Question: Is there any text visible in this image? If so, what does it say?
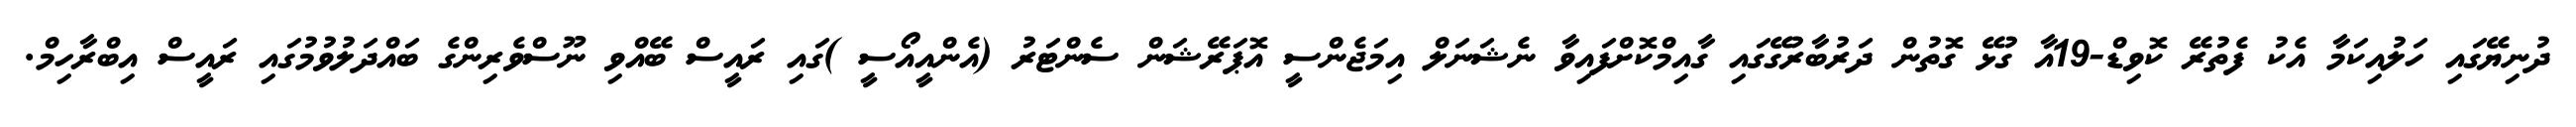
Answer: ދުނިޔޭގައި ހަލުއިކަމާ އެކު ފެތުރޭ ކޮވިޑް-19އާ ގުޅޭ ގޮތުން ދަރުބާރުގޭގައި ގާއިމްކޮށްފައިވާ ނެޝަނަލް އިމަޖެންސީ އޮޕަރޭޝަން ސެންޓަރު (އެންއީއޯސީ )ގައި ރައީސް ބޭއްވި ނޫސްވެރިންގެ ބައްދަލުވުމުގައި ރައީސް އިބްރާހިމް.